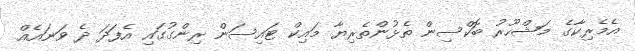
އެމެރިކާގެ މަޝްހޫރު ބޮކްސިން ތެޅުންތެރިޔާ މައިކް ޓައިސަން ރިންގުގައި އެފަދަ ދެ ވަނައެއް